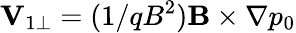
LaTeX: \mathbf{V}_{1\perp}=(1/qB^{2})\mathbf{B}\times\nabla p_{0}